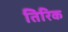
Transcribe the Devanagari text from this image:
तिरिक